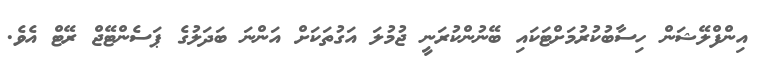
އިންފްލޭޝަން ހިސާބުކުރުމަށްޓަކައި ބޭނުންކުރަނީ ޖުމުލަ އަގުތަކަށް އަންނަ ބަދަލުގެ ޕަސެންޓޭޖް ރޭޓް އެވެ.